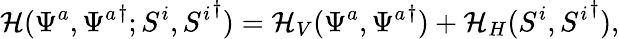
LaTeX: {\cal{H}}(\Psi^{a},{\Psi^{a}}^{\dagger};S^{i},{S^{i}}^{\dagger})={\cal{H}}_{V}(\Psi^{a},{\Psi^{a}}^{\dagger})+{\cal{H}}_{H}(S^{i},{S^{i}}^{\dagger}),